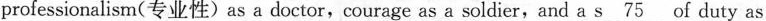
professionalism(专业性) as a doctor,courage as a soldier,and a \underline{s 75} of duty as